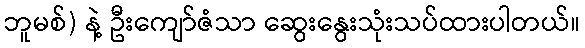
ဘူမစ်) နဲ့ ဦးကျော်ဇံသာ ဆွေးနွေးသုံးသပ်ထားပါတယ်။